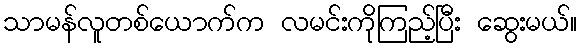
သာမန်လူတစ်ယောက်က လမင်းကိုကြည့်ပြီး ဆွေးမယ်။